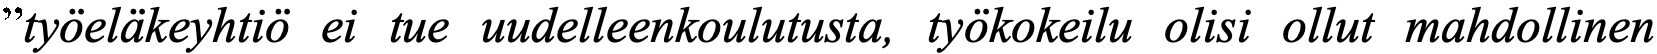
”työeläkeyhtiö ei tue uudelleenkoulutusta, työkokeilu olisi ollut mahdollinen